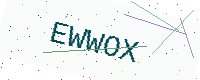
Text: EWWOX